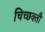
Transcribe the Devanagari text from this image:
चिच्छक्तौ